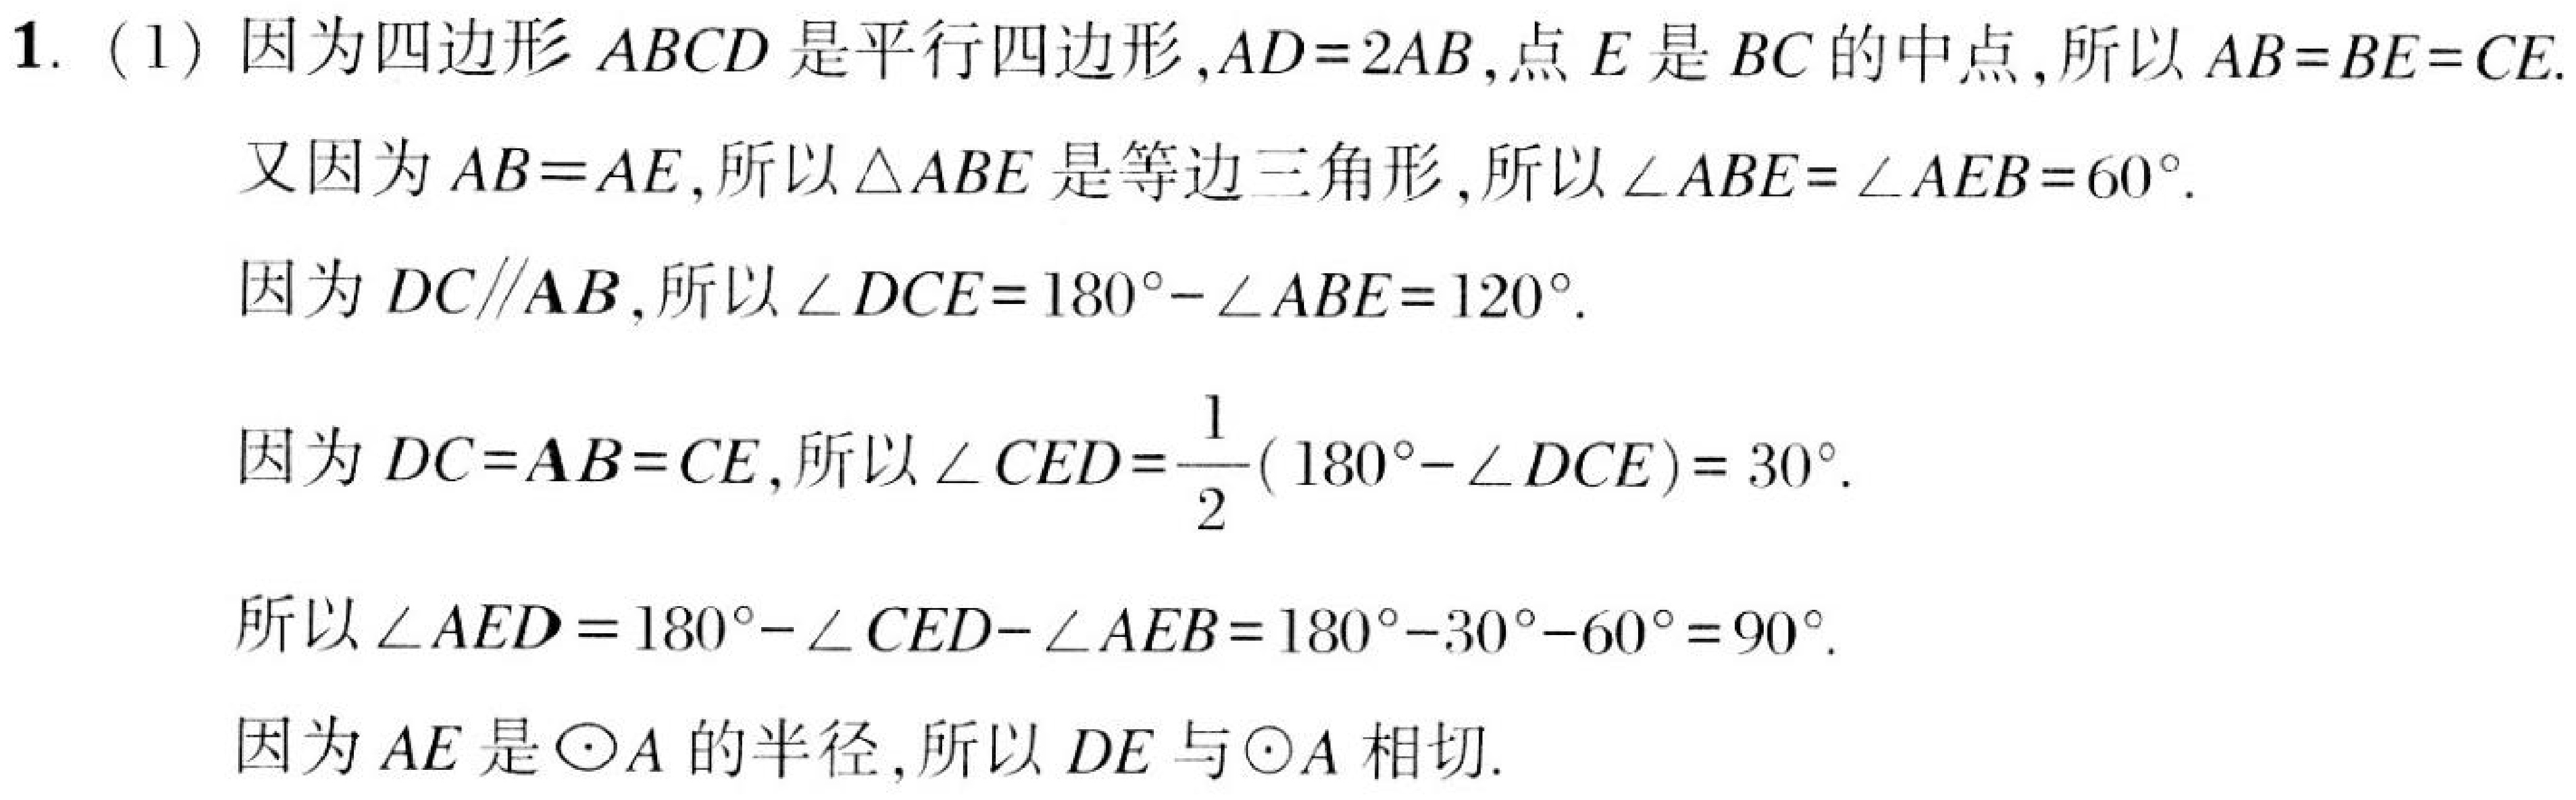
1. (1) 因为四边形 \(ABCD\) 是平行四边形，\(AD = 2AB\)，点 \(E\) 是 \(BC\) 的中点，所以 \(AB=BE = CE\).
又因为 \(AB = AE\)，所以 \(\triangle ABE\) 是等边三角形，所以 \(\angle ABE=\angle AEB = 60^{\circ}\).
因为 \(DC\parallel AB\)，所以 \(\angle DCE=180^{\circ}-\angle ABE = 120^{\circ}\).
因为 \(DC = AB=CE\)，所以 \(\angle CED=\frac{1}{2}(180^{\circ}-\angle DCE)=30^{\circ}\).
所以 \(\angle AED = 180^{\circ}-\angle CED-\angle AEB=180^{\circ}-30^{\circ}-60^{\circ}=90^{\circ}\).
因为 \(AE\) 是 \(\odot A\) 的半径，所以 \(DE\) 与 \(\odot A\) 相切.